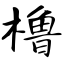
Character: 橹